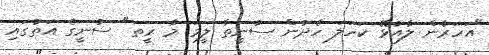
"އަހަރެން ލާއުޅޭ ކަހަލަ ހެދުން ސުނީތާ ލީމަ މާ ރީތ" ސުނީގެ އަތުގައި